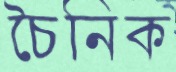
চৈনিক